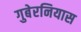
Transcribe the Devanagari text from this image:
गुबेरनियास